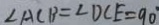
\angle A C B = \angle D C E = 9 0 ^ { \circ }